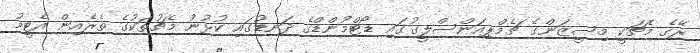
ރޭގެ މެޗަކީ މިސީޒަންގެ ޗެމްޕިއަންސްލީގުގައި ޑޯޓްމުންޑްގެ ދަނޑުގައި ކުޅުނު މެޗުތަކުގެ ތެރެއިން އެޓީމު